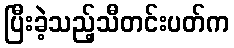
ပြီးခဲ့သည့်သီတင်းပတ်က